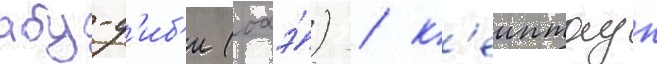
абу-д'иб'и (оаэ́) / к'еиптаун